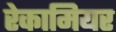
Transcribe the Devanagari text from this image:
रेकामियर